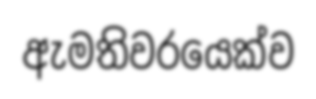
ඇමතිවරයෙක්ව